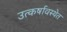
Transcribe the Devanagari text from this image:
उत्कर्षावस्थेत